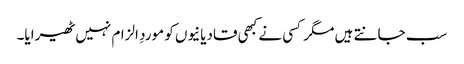
سب جانتے ہیں مگر کسی نے کبھی قادیانیوں کو موردِ الزام نہیں ٹھیرایا۔